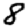
Digit: 8